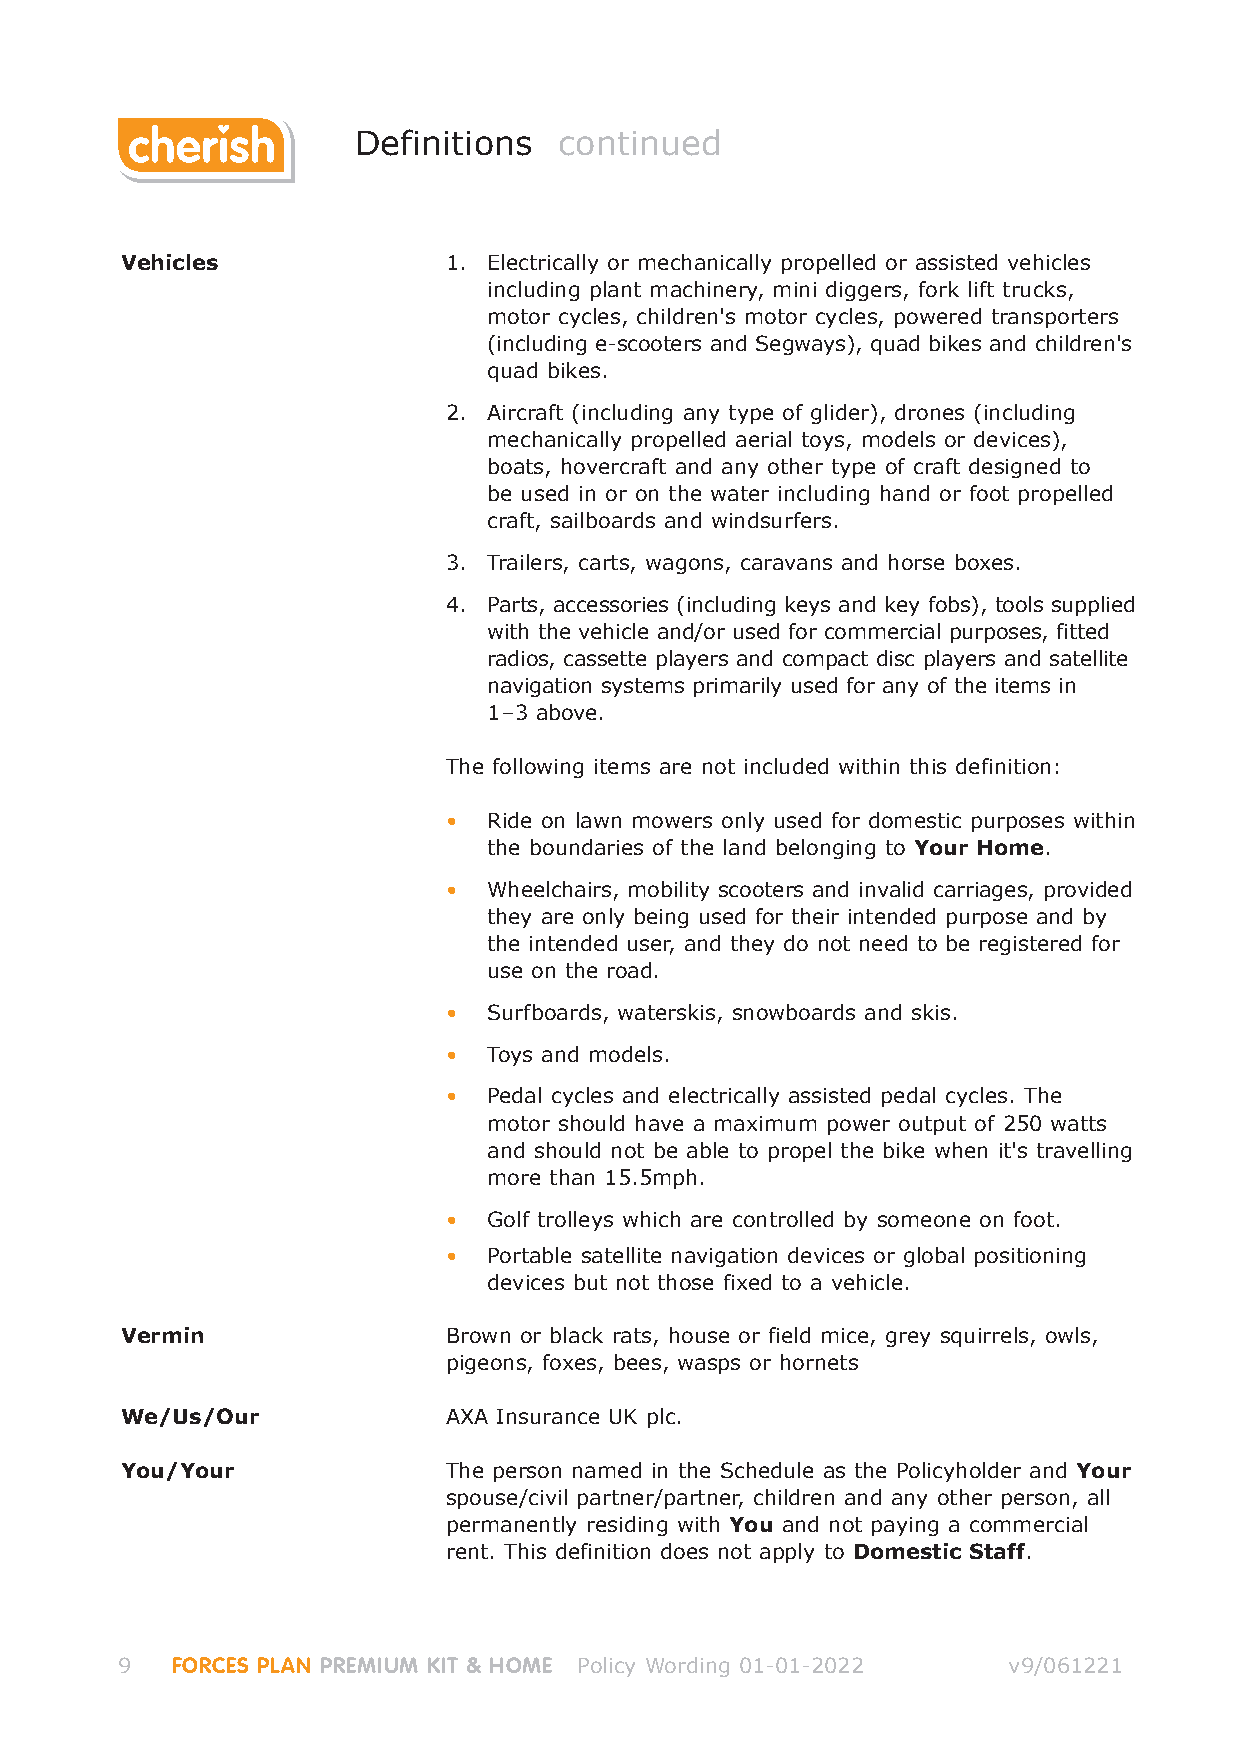
Definitions   continued
 Vehicles             1. Electrically or mechanically propelled or assisted vehicles
 including plant machinery, mini diggers, fork lift trucks,
 motor cycles, children's motor cycles, powered transporters
 (including e-scooters and Segways), quad bikes and children's
 quad bikes.
 2. Aircraft (including any type of glider), drones (including
 mechanically propelled aerial toys, models or devices),
 boats, hovercraft and any other type of craft designed to
 be used in or on the water including hand or foot propelled
 craft, sailboards and windsurfers.
 3. Trailers, carts, wagons, caravans and horse boxes.
 4. Parts, accessories (including keys and key fobs), tools supplied
 with the vehicle and/or used for commercial purposes, fitted
 radios, cassette players and compact disc players and satellite
 navigation systems primarily used for any of the items in
 1–3 above.
 The following items are not included within this definition:
 •  Ride on lawn mowers only used for domestic purposes within
 the boundaries of the land belonging to Your Home.
 •  Wheelchairs, mobility scooters and invalid carriages, provided
 they are only being used for their intended purpose and by
 the intended user, and they do not need to be registered for
 use on the road.
 •  Surfboards, waterskis, snowboards and skis.
 •  Toys and models.
 •  Pedal cycles and electrically assisted pedal cycles. The
 motor should have a maximum power output of 250 watts
 and should not be able to propel the bike when it's travelling
 more than 15.5mph.
 •  Golf trolleys which are controlled by someone on foot.
 •  Portable satellite navigation devices or global positioning
 devices but not those fixed to a vehicle.
 Vermin               Brown or black rats, house or field mice, grey squirrels, owls,
 pigeons, foxes, bees, wasps or hornets
 We/Us/Our            AXA Insurance UK plc.
 You/Your             The person named in the Schedule as the Policyholder and Your
 spouse/civil partner/partner, children and any other person, all
 permanently residing with You and not paying a commercial
 rent. This definition does not apply to Domestic Staff.
 9  FORCES PLAN PREMIUM KIT & HOME Policy Wording 01-01-2022 v9/061221